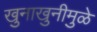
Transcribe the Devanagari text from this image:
खुनाखुनीमुळे